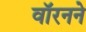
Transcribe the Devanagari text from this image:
वॉरनने